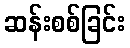
ဆန်းစစ်ခြင်း